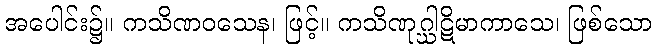
အပေါင်း၌။ ကသိဏဝသေန၊ ဖြင့်။ ကသိဏုဂ္ဃါဋိမာကာသေ၊ ဖြစ်သော